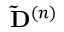
\mathbf { \tilde { D } } ^ { ( n ) }